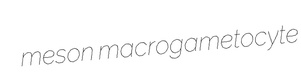
meson macrogametocyte